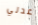
عدني